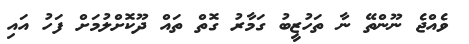
ވެއްޖެ ނޫންތޭ ނާ ތަހުޒީބު ގަމާރު ގޮތް ތައް ދޫކޮށްލުމަށް ފަހު އައި